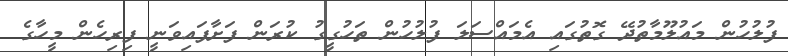
ފުލުހުން މައުލޫމާތުދޭ ގޮތުގައި އެމައްސަލަ ފުލުހުން ތަހުގީގު ކުރަން ފަށާފައިވަނީ ފިރިހެން މީހާގެ